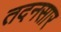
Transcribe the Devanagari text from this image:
तदनसार